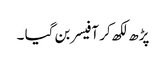
پڑھ لکھ کر آفیسر بن گیا ۔